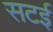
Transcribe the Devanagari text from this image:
सटई